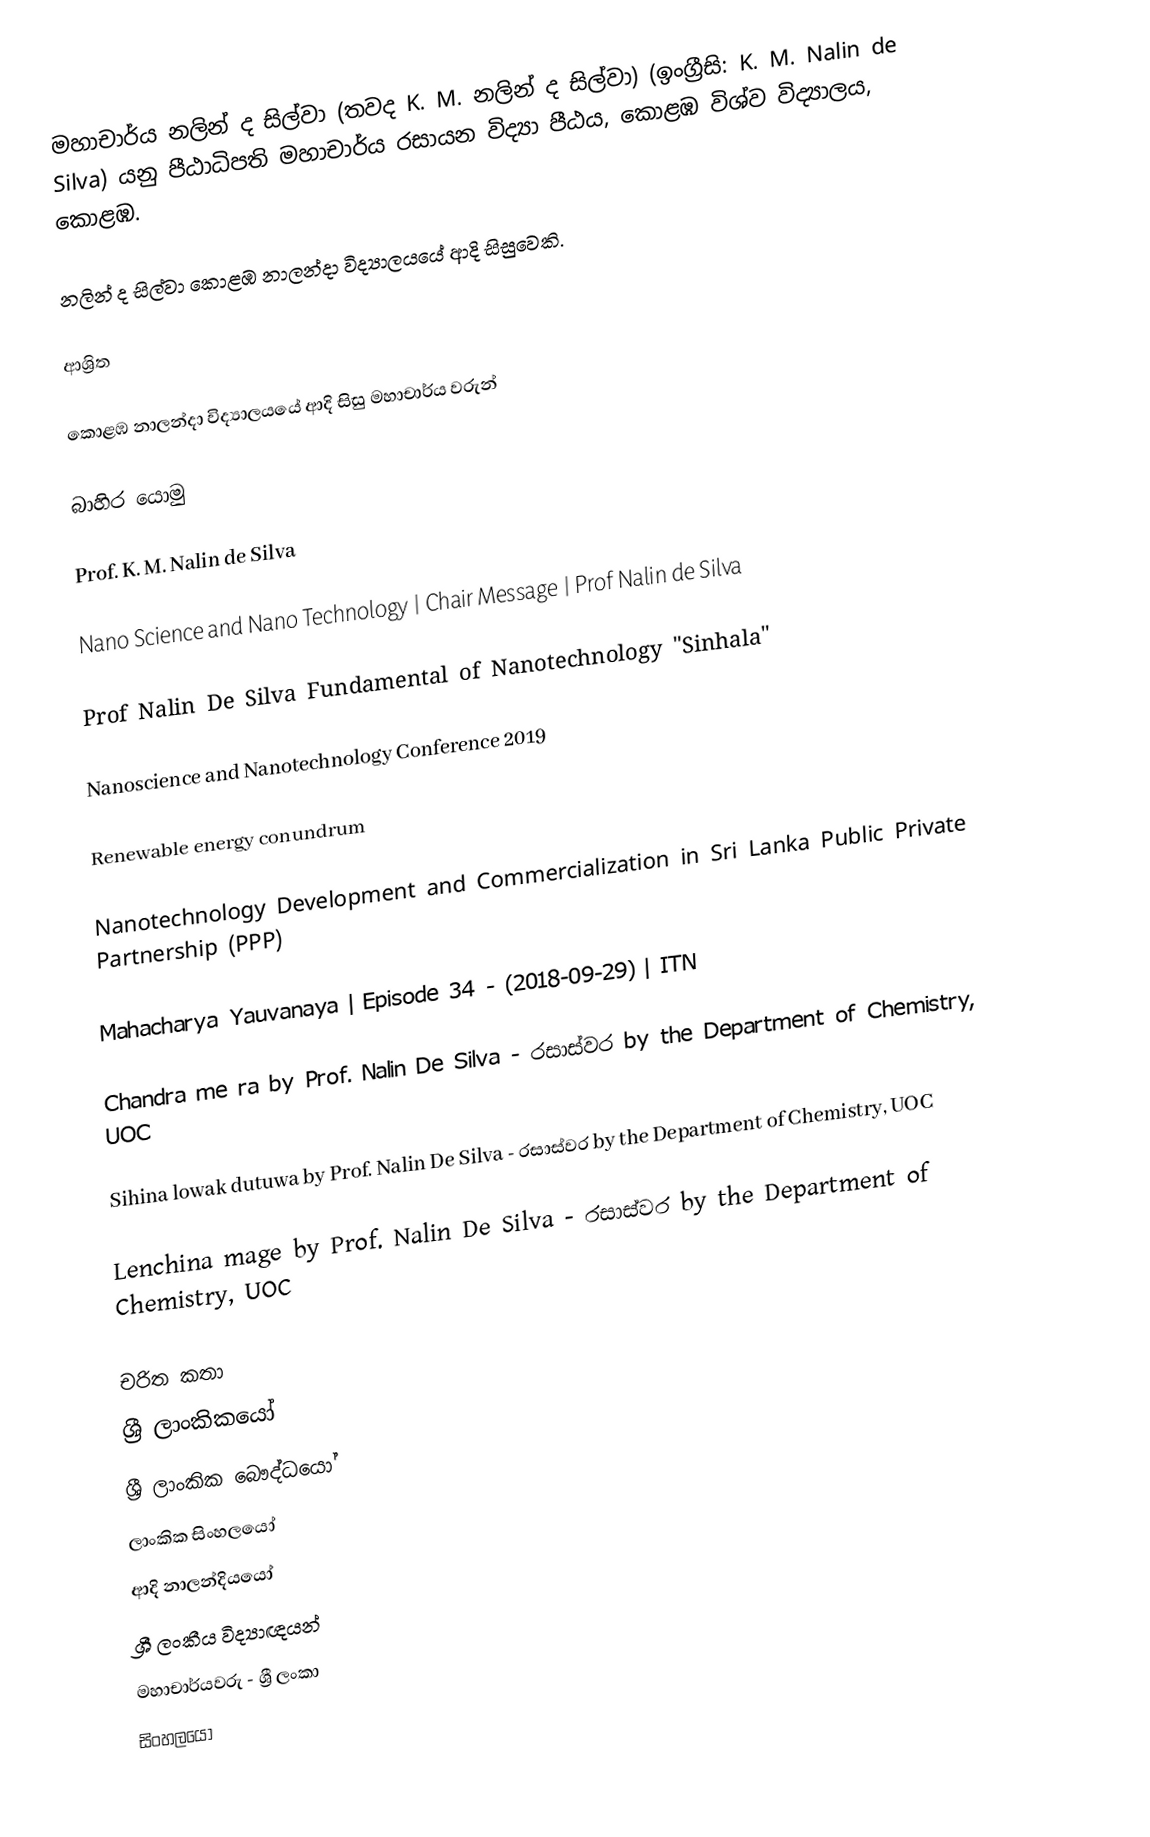
මහාචාර්ය නලින් ද සිල්වා (තවද K. M. නලින් ද සිල්වා) (ඉංග්‍රීසි: K. M. Nalin de Silva) යනු පීඨාධිපති මහාචාර්ය රසායන විද්‍යා පීඨය, කොළඹ විශ්ව විද්‍යාලය, කොළඹ.

නලින් ද සිල්වා  කොළඹ නාලන්දා විද්‍යාලයයේ ආදි සිසුවෙකි.

ආශ්‍රිත

 කොළඹ නාලන්දා විද්‍යාලයයේ ආදි සිසු මහාචාර්ය වරුන්

බාහිර යොමු

 Prof. K. M. Nalin de Silva

 Nano Science and Nano Technology | Chair Message | Prof Nalin de Silva

 Prof Nalin De Silva Fundamental of Nanotechnology "Sinhala"

 Nanoscience and Nanotechnology Conference 2019

 Renewable energy conundrum

 Nanotechnology Development and Commercialization in Sri Lanka Public Private Partnership (PPP)

 Mahacharya Yauvanaya | Episode 34 - (2018-09-29) | ITN

 Chandra me ra by Prof. Nalin De Silva - රසාස්වර by the Department of Chemistry, UOC

 Sihina lowak dutuwa by Prof. Nalin De Silva - රසාස්වර by the Department of Chemistry, UOC

 Lenchina mage by Prof. Nalin De Silva - රසාස්වර by the Department of Chemistry, UOC

චරිත කතා
ශ්‍රී ලාංකිකයෝ
ශ්‍රී ලාංකික බෞද්ධයෝ
ලාංකික සිංහලයෝ
ආදි නාලන්දියයෝ
ශ්‍රී ලංකීය විද්‍යාඥයන්
මහාචාර්යවරු - ශ්‍රී ලංකා
සිංහලයෝ